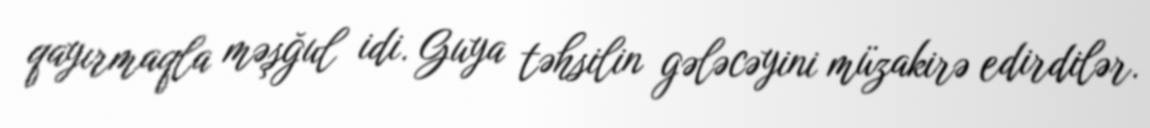
qayırmaqla məşğul idi. Guya təhsilin gələcəyini müzakirə edirdilər.